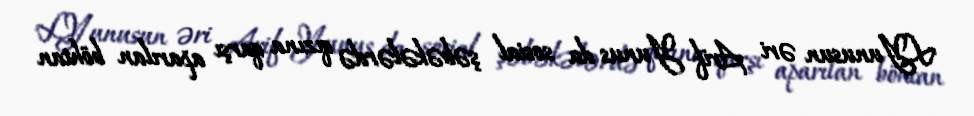
L.Yunusun əri Arif Yunus da sosial şəbəkələrdə qızına qarşı aparılan böhtan